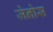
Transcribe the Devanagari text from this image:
जेनोस